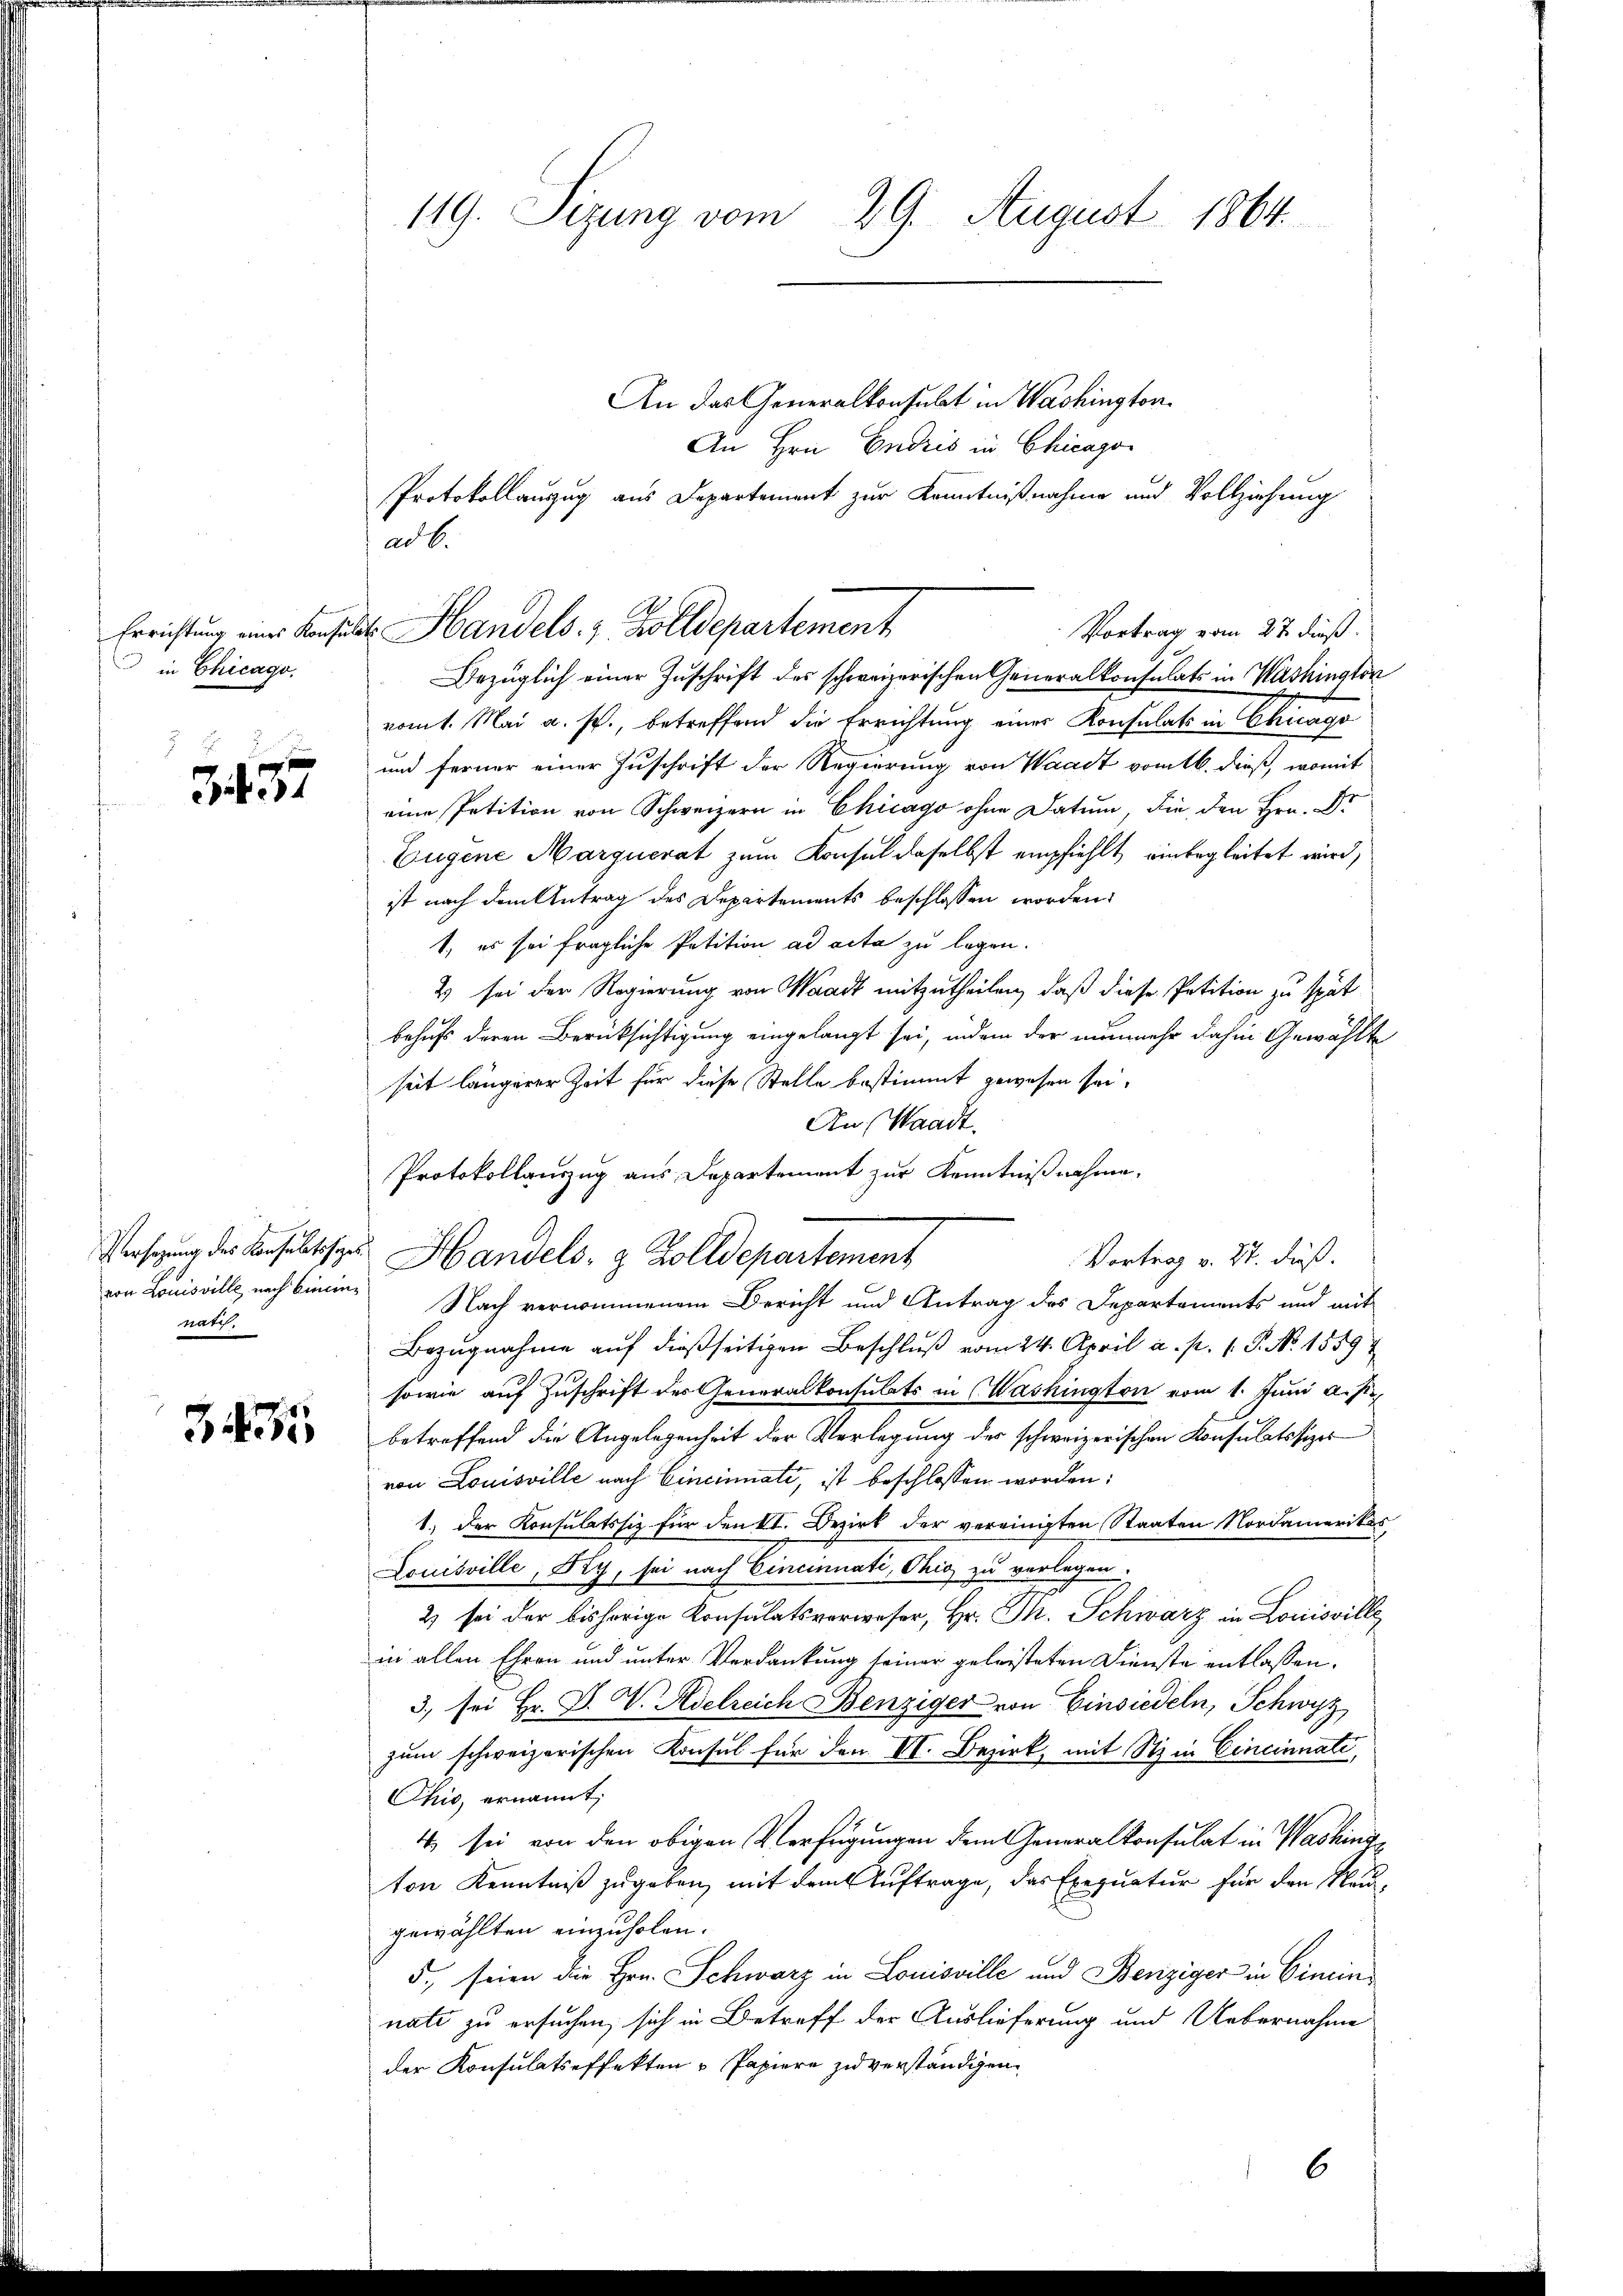
in Chicago

s
3. 437

natch.

347

119. Sizung vom 29. August 1864.

An das Generalkonsubt in Washington.
An Hrn. Endris in Chicago
Protokollauszug aus Departement zur Kenntnißnahme und Vollziehung
Errichtung eines Konsuls Handels. z. Zolldepartement
Vortrag vom 27. dieß.
Bezüglich einer Zuschrift des schweizerischen Generalkonsulats in Washington
vom 1. Mai a. s., betreffend die Errichtung einer Konsulats in Chicago
und ferner einer Zuschrift der Regierung von Waadt vom 16. dieß, womit
eine Petition von Schweizern in Chicago ohne Datum die den Hrn. Dr
Eugene Marquerat zum Konsul daselbst empfiehlt, einbegleitet wird,
ist nach dem Antrag des Departements beschlossen worden.
1., es sei fragliche Petition ad acta zu legen.
2) sei der Regierung von Waadt mitzutheilen, daß diese Petition zu spät
behufs deren Berücksichtigung eingelangt sei, indem der nunmehr dahin Gewählte
seit längerer Zeit für diese Stelle bestimmt gewesen sei.
An Waadt.
von Louisville noch bin in Nach vernommenem Bericht und Antrag des Departements und mit
Bezugnahme auf dießseitigen Beschluß vom 24. April a. p. 1. P. No 1559
sowie auf Zuschrift des Generalkonsulats in Washington vom 1. Juni a. p.
betreffend die Angelegenheit der Verlegung der schweizerischen Konsulatssizes
von Louisville nach Cincinuati, ist beschlossen worden:
1.) Der Konsulatssiz für den II. Bezirk der vereinigten Staaten Nordamerikas
Louisville, Fry, sei nach Eincinati, Thig zu verlegen.
2) sei der bisherige Konsulatsverweser, Hr. Th. Schwarz in Louisville
in allen Ehren und unter Verdankung seiner geleisteten Dienste entlassen.
3. sei Hr. P. V. Adelreich Benziger von Einsiedeln, Schwyz
zum schweizerischen Konsul für den III. Bezirk, mit Siz in Cincinnati
Chio, ernannt;
4 sei von den obigen Verfügungen dem Generalkonsulat in Washing
ton Kenntniß zugeben, mit dem Auftrage, das Exequatur für den Neugewählten einzuholen.
5., seien die Hrn. Schwarz in Louisville und Benziger in Cimin
nate zu ersuchen, sich in Betreff der Auslieferung und Uebernahme
der Konsulatseffekten u Papiere zu verständigen.

ad b.

Protokollauszug aus Departement zur Kenntnißnahme,
Versezung des Konsultische Handels- & Zolldepartement
Vortrag v. 27. Fuß.

6